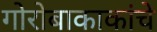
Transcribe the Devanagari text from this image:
गोरोबाकाकांचे